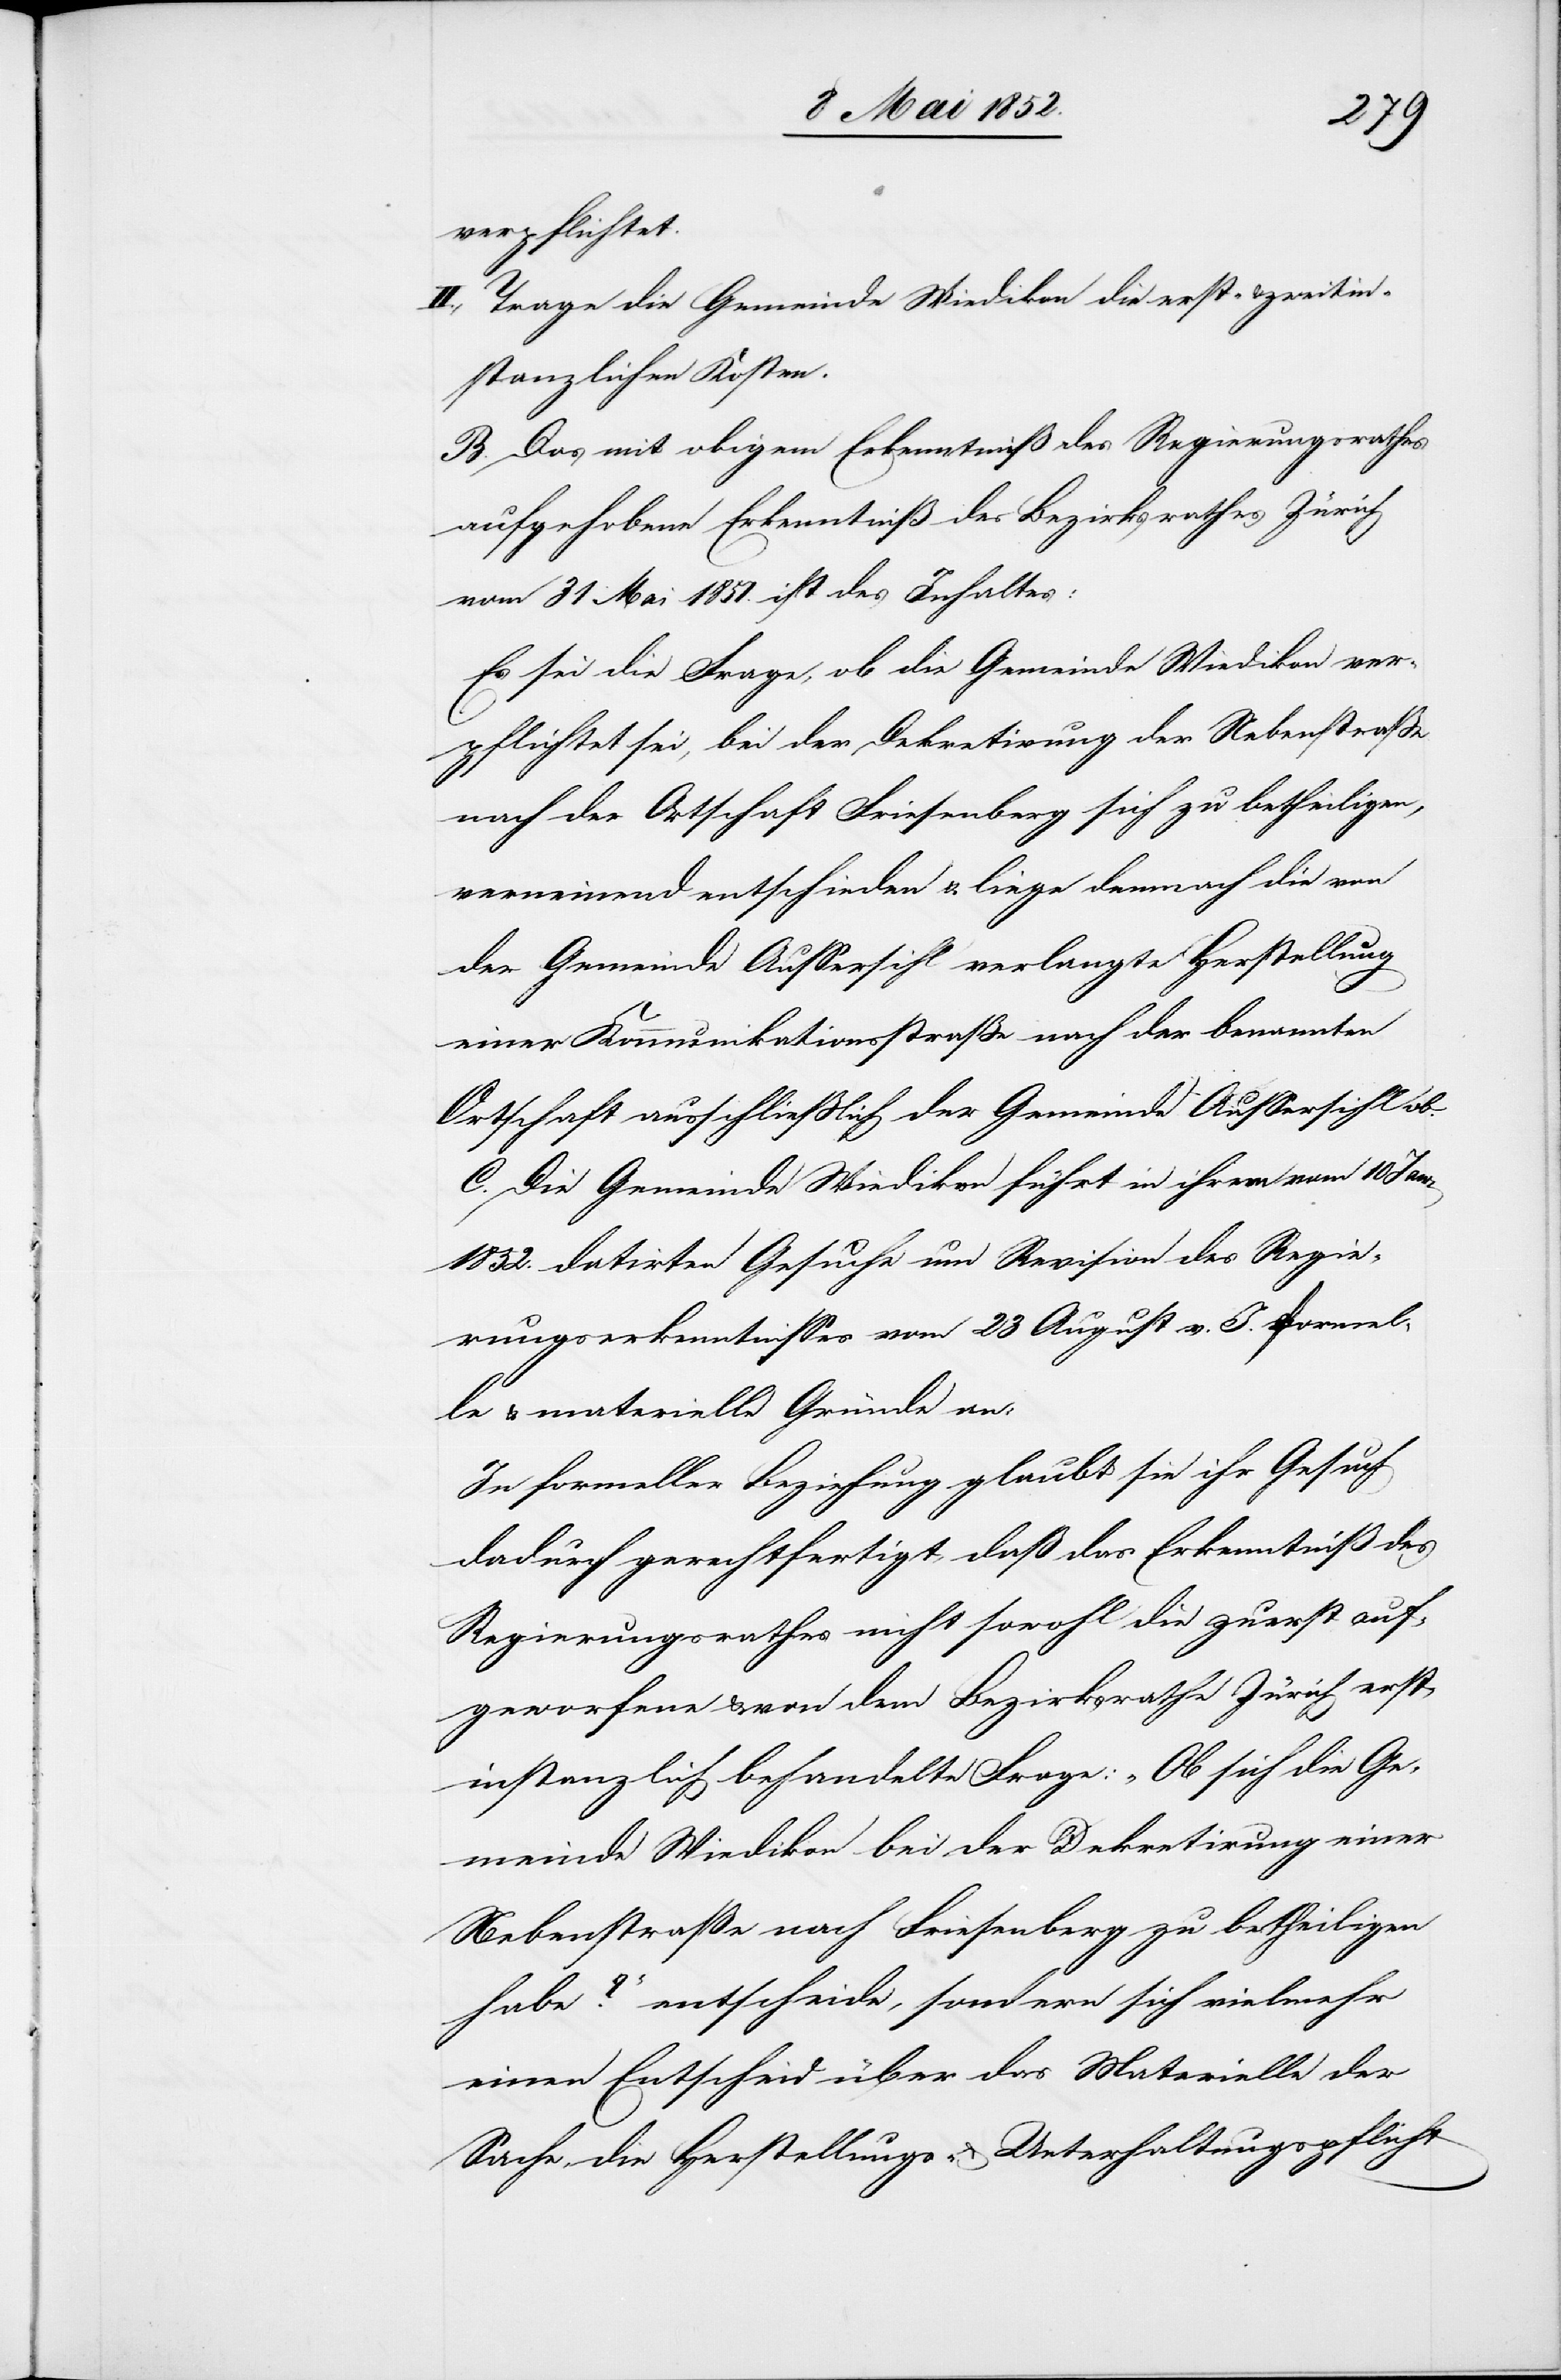
verpflichtet.
II., Trage die Gemeinde Wiedikon die erst- & zweitin¬
stanzlichen Kosten.
B. Das mit obigem Erkenntniß des Regierungsrathes
aufgehobene Erkenntniß des Bezirksrathes Zürich
vom 31 Mai 1851. ist des Inhaltes:
Es sei die Frage, ob die Gemeinde Wiedikon ver¬
pflichtet sei, bei der Dekretirung der Nebenstrasse
nach der Ortschaft Friesenberg sich zu betheiligen,
verneinend entschieden & liege demnach die von
der Gemeinde Aussersihl verlangte Herstellung
einer Kommunikationsstrasse nach der benannten
Ortschaft ausschliesslich der Gemeinde Aussersihl ob.
C. Die Gemeinde Wiedikon führt in ihrem vom 10 Janr.
1852. datirten Gesuche um Revision des Regie¬
rungserkenntnisses vom 23 August v. J. formel¬
le & materielle Gründe an:
In formeller Beziehung glaubt sie ihr Gesuch
dadurch gerechtfertigt, daß das Erkenntniß des
Regierungsrathes nicht sowohl die zuerst auf¬
geworfene & von dem Bezirksrathe Zürich erst¬
instanzlich behandelte Frage: „Ob sich die Ge¬
meinde Wiedikon bei der Dekretirung einer
Nebenstraße nach Friesenberg zu betheiligen
habe?“ entscheide, sondern sich vielmehr
einen Entscheid über das Materielle der
Sache, die Herstellungs- & Unterhaltungspflicht